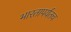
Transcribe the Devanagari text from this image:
भारतापर्यंतच